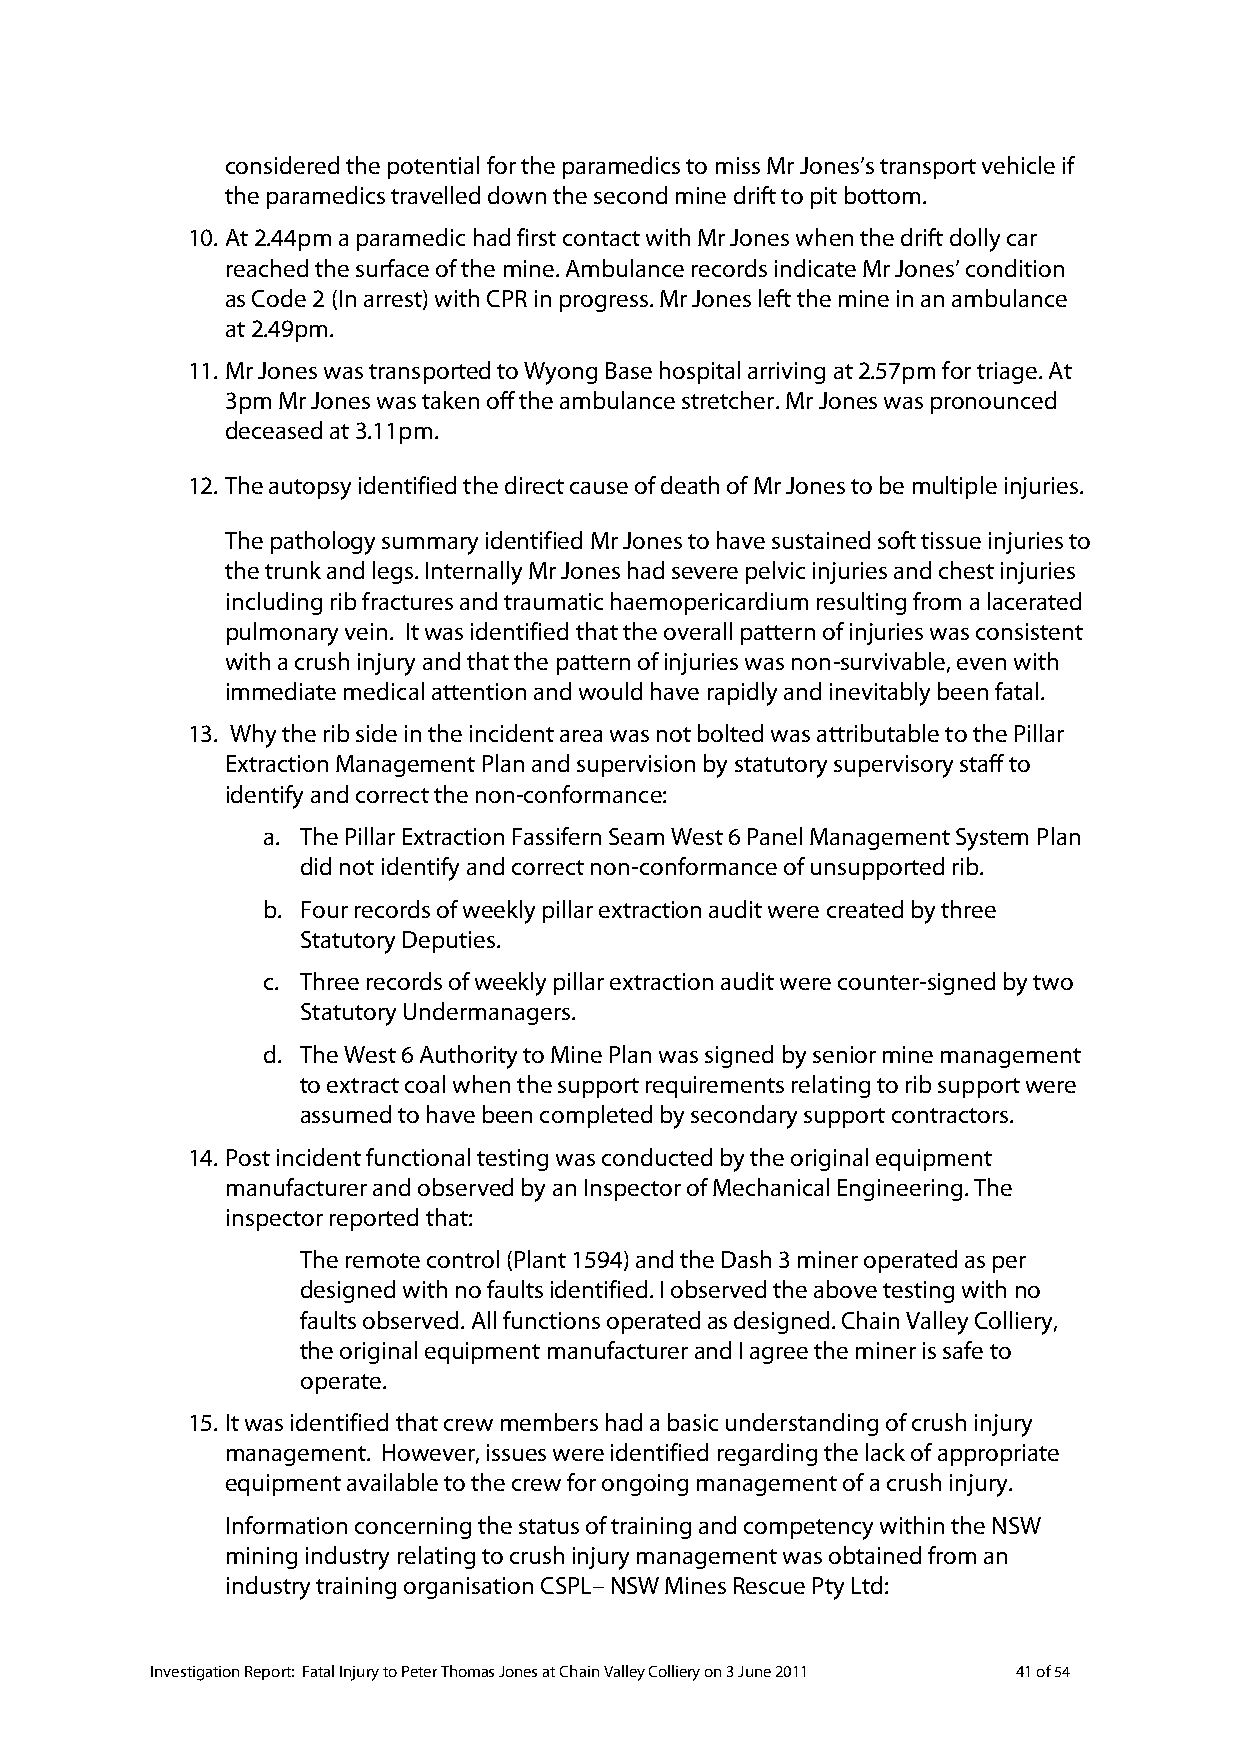
considered the potential for the paramedics to miss Mr Jones’s transport vehicle if
 the paramedics travelled down the second mine drift to pit bottom.
 10. At 2.44pm a paramedic had first contact with Mr Jones when the drift dolly car
 reached the surface of the mine. Ambulance records indicate Mr Jones’ condition
 as Code 2 (In arrest) with CPR in progress. Mr Jones left the mine in an ambulance
 at 2.49pm.
 11. Mr Jones was transported to Wyong Base hospital arriving at 2.57pm for triage. At
 3pm Mr Jones was taken off the ambulance stretcher. Mr Jones was pronounced
 deceased at 3.11pm.
 12. The autopsy identified the direct cause of death of Mr Jones to be multiple injuries.
 The pathology summary identified Mr Jones to have sustained soft tissue injuries to
 the trunk and legs. Internally Mr Jones had severe pelvic injuries and chest injuries
 including rib fractures and traumatic haemopericardium resulting from a lacerated
 pulmonary vein. It was identified that the overall pattern of injuries was consistent
 with a crush injury and that the pattern of injuries was non-survivable, even with
 immediate medical attention and would have rapidly and inevitably been fatal.
 13. Why the rib side in the incident area was not bolted was attributable to the Pillar
 Extraction Management Plan and supervision by statutory supervisory staff to
 identify and correct the non-conformance:
 a. The Pillar Extraction Fassifern Seam West 6 Panel Management System Plan
 did not identify and correct non-conformance of unsupported rib.
 b. Four records of weekly pillar extraction audit were created by three
 Statutory Deputies.
 c. Three records of weekly pillar extraction audit were counter-signed by two
 Statutory Undermanagers.
 d. The West 6 Authority to Mine Plan was signed by senior mine management
 to extract coal when the support requirements relating to rib support were
 assumed to have been completed by secondary support contractors.
 14. Post incident functional testing was conducted by the original equipment
 manufacturer and observed by an Inspector of Mechanical Engineering. The
 inspector reported that:
 The remote control (Plant 1594) and the Dash 3 miner operated as per
 designed with no faults identified. I observed the above testing with no
 faults observed. All functions operated as designed. Chain Valley Colliery,
 the original equipment manufacturer and I agree the miner is safe to
 operate.
 15. It was identified that crew members had a basic understanding of crush injury
 management. However, issues were identified regarding the lack of appropriate
 equipment available to the crew for ongoing management of a crush injury.
 Information concerning the status of training and competency within the NSW
 mining industry relating to crush injury management was obtained from an
 industry training organisation CSPL– NSW Mines Rescue Pty Ltd:
 Investigation Report: Fatal Injury to Peter Thomas Jones at Chain Valley Colliery on 3 June 2011 41 of 54